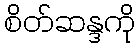
စိတ်ဆန္ဒကို